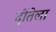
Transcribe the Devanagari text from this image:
दोंतेला